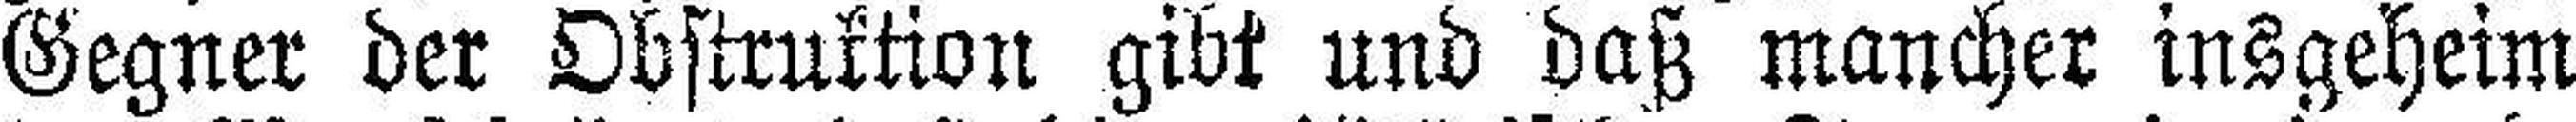
Gegner der Obstruktion gibt und daß mancher insgeheim